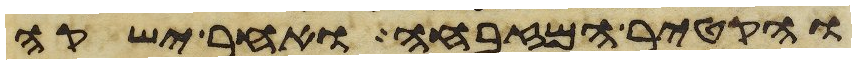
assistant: והקטיר המזבחה ואחר ישקה